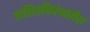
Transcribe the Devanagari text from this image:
ललितनिबंधातील